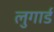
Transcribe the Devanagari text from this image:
लुगार्ड